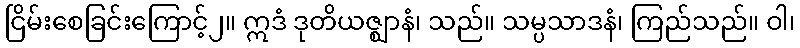
ငြိမ်းစေခြင်းကြောင့်၂။ ဣဒံ ဒုတိယဇ္ဈာနံ၊ သည်။ သမ္ပသာဒနံ၊ ကြည်သည်။ ဝါ၊